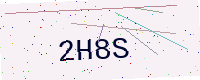
Text: 2H8S